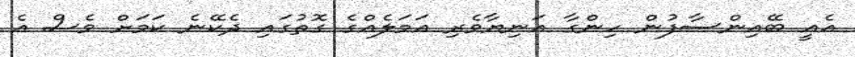
އެއީ ބޭއިންސާފުން ހިންގާ އަނިޔާވެރި އަމަލެއްގެ ގޮތުގައި ދެކޭނެ ކަމަށް ވެސް އެ